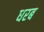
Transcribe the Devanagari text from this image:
धरब